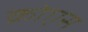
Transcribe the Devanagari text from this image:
क्रोएस